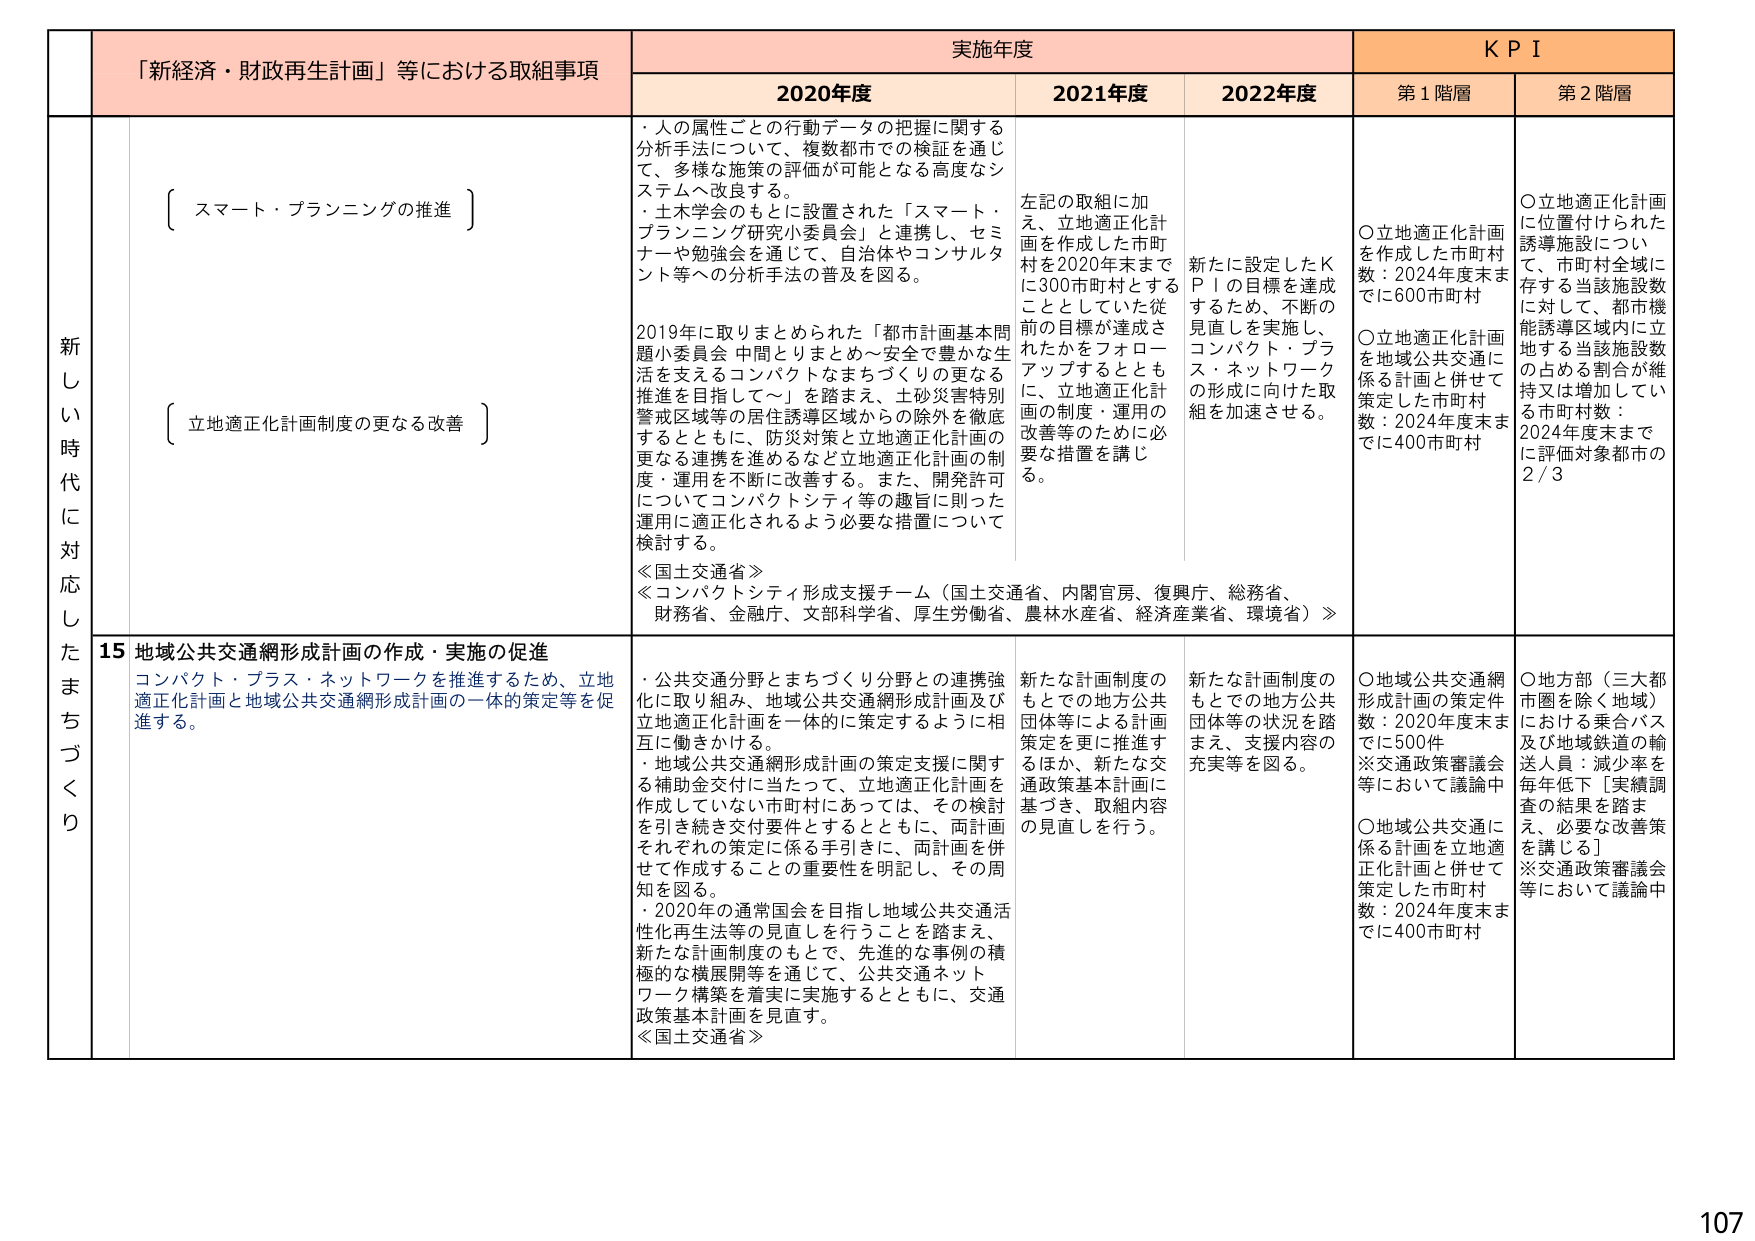
新し い 時 代 に 対 応 し た ま ち づ く り
「新経済・財政再生計画」等における取組事項
実施年度
K P I
2020年度
2021年度
2022年度
第1階層
第2階層
{ スマート・プランニングの推進 }
・人の属性ごとの行動データの把握に関する分析手法について、複数都市での検証を通じて、多様な施策の評価が可能となる高度なシステムへ改良する。
・土木学会のもとに設置された「スマート・プランニング研究小委員会」と連携し、セミナーや勉強会を通じて、自治体やコンサルタント等への分析手法の普及を図る。
左記の取組に加え、立地適正化計画を作成した市町村を2020年末までに300市町村とすることができていた従前の目標が達成されたかをフォローアップするとともに、立地適正化計画の制度・運用の改善等のために必要な措置を講じる。
新たに設定したKPIの目標を達成するため、不断の見直しを実施し、コンパクト・プラス・ネットワークの形成に向けた取組を加速させる。
○立地適正化計画を作成した市町村数：2024年度末までに600市町村
○立地適正化計画を地域公共交通に係る計画と併せて策定した市町村数：2024年度末までに400市町村
○立地適正化計画に位置付けられた誘導施設について、市町村全域に存する当該施設数に対して、都市機能誘導区域内に立地する当該施設数の占める割合が維持又は増加している市町村数：2024年度末までに評価対象都市の2/3
{ 立地適正化計画制度の更なる改善 }
2019年に取りまとめられた「都市計画基本問題小委員会 中間とりまとめ～安全で豊かな生活を支えるコンパクトなまちづくりの更なる推進を目指して～」を踏まえ、土砂災害特別警戒区域等の居住誘導区域からの除外を徹底するとともに、防災対策と立地適正化計画の更なる連携を進めるなど立地適正化計画の制度・運用を不断に改善する。また、開発許可についてコンパクトシティ等の趣旨に則った運用に適正化されるよう必要な措置について検討する。
≪国土交通省≫
≪コンパクトシティ形成支援チーム（国土交通省、内閣官房、復興庁、総務省、財務省、金融庁、文部科学省、厚生労働省、農林水産省、経済産業省、環境省）≫
15 地域公共交通網形成計画の作成・実施の促進
コンパクト・プラス・ネットワークを推進するため、立地適正化計画と地域公共交通網形成計画の一体的策定等を促進する。
・公共交通分野とまちづくり分野との連携強化に取り組み、地域公共交通網形成計画及び立地適正化計画を一体的に策定するように相互に働きかける。
・地域公共交通網形成計画の策定支援に関する補助金交付に当たって、立地適正化計画を作成していない市町村にあっては、その検討を引き続き交付要件とするとともに、両計画それぞれの策定に係る手引きに、両計画を併せて作成することの重要性を明記し、その周知を図る。
・2020年の通常国会を目指し地域公共交通活性化再生法等の見直しを行うことを踏まえ、新たな計画制度のもとで、先進的な事例の積極的な横展開等を通じて、公共交通ネットワーク構築を着実に実施するとともに、交通政策基本計画を見直す。
≪国土交通省≫
新たな計画制度のもとでの地方公共団体等による計画策定を更に推進するほか、新たな交通政策基本計画に基づき、取組内容の見直しを行う。
新たな計画制度のもとでの地方公共団体等の状況を踏まえ、支援内容の充実等を図る。
○地域公共交通網形成計画の策定件数：2020年度末までに500件
※交通政策審議会等において議論中
○地域公共交通に係る計画を立地適正化計画と併せて策定した市町村数：2024年度末までに400市町村
○地方部（三大都市圏を除く地域）における乗合バス及び地域鉄道の輸送人員：減少率を毎年低下［実績調査の結果を踏まえ、必要な改善策を講じる］
※交通政策審議会等において議論中
107